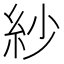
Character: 紗